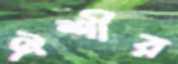
ঐশীর